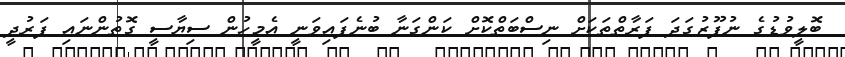
ބޮލީވުޑުގެ ނުފޫޒުގަދަ ފަރާތްތަކަށް ނިސްބަތްކޮށް ކަންގަނާ ބުނެފައިވަނީ އެމީހުން ސިޔާސީ ގޮތުންނައި ފަރުދީ